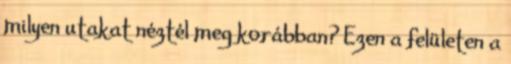
milyen utakat néztél meg korábban? Ezen a felületen a